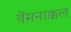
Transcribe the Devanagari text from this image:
वेंमनाक्कल